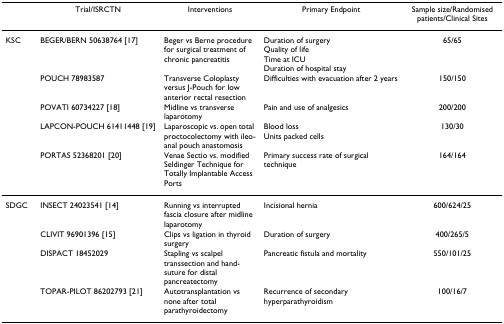
<table><thead><tr><td></td><td><b>Trial/ISRCTN</b></td><td><b>Interventions</b></td><td><b>Primary Endpoint</b></td><td><b>Sample size/Randomised patients/Clinical Sites</b></td></tr></thead><tbody><tr><td>KSC</td><td>BEGER/BERN 50638764 [17]</td><td>Beger vs Berne procedure for surgical treatment of chronic pancreatitis</td><td>Duration of surgeryQuality of lifeTime at ICUDuration of hospital stay</td><td>65/65</td></tr><tr><td></td><td>POUCH 78983587</td><td>Transverse Coloplasty versus J-Pouch for low anterior rectal resection</td><td>Difficulties with evacuation after 2 years</td><td>150/150</td></tr><tr><td></td><td>POVATI 60734227 [18]</td><td>Midline vs transverse laparotomy</td><td>Pain and use of analgesics</td><td>200/200</td></tr><tr><td></td><td>LAPCON-POUCH 61411448 [19]</td><td>Laparoscopic vs. open total proctocolectomy with ileo-anal pouch anastomosis</td><td>Blood lossUnits packed cells</td><td>130/30</td></tr><tr><td></td><td>PORTAS 52368201 [20]</td><td>Venae Sectio vs. modified Seldinger Technique for Totally Implantable Access Ports</td><td>Primary success rate of surgical technique</td><td>164/164</td></tr><tr><td>SDGC</td><td>INSECT 24023541 [14]</td><td>Running vs interrupted fascia closure after midline laparotomy</td><td>Incisional hernia</td><td>600/624/25</td></tr><tr><td></td><td>CLIVIT 96901396 [15]</td><td>Clips vs ligation in thyroid surgery</td><td>Duration of surgery</td><td>400/265/5</td></tr><tr><td></td><td>DISPACT 18452029</td><td>Stapling vs scalpel transsection and hand-suture for distal pancreatectomy</td><td>Pancreatic fistula and mortality</td><td>550/101/25</td></tr><tr><td></td><td>TOPAR-PILOT 86202793 [21]</td><td>Autotransplantation vs none after total parathyroidectomy</td><td>Recurrence of secondary hyperparathyroidism</td><td>100/16/7</td></tr></tbody></table>